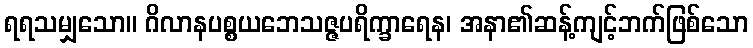
ရရသမျှသော။ ဂိလာနပစ္စယဘေသဇ္ဇပရိက္ခာရေန၊ အနာ၏ဆန့်ကျင့်ဘက်ဖြစ်သော